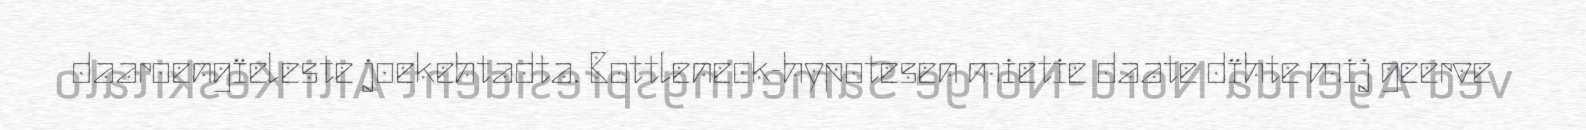
daaroengïeleste joekehtadta. Bottleneck-hypotesen mietie daate dïhte mij geerve